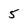
Character: 5